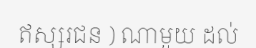
ឥស្សរជន ) ណាមួយ ដល់